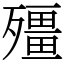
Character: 殭